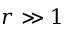
r \gg 1